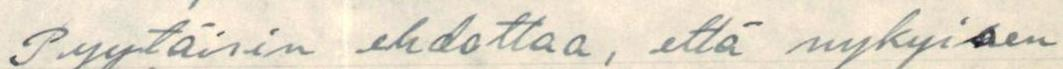
Pyytäisin ehdottaa, että nykyisen